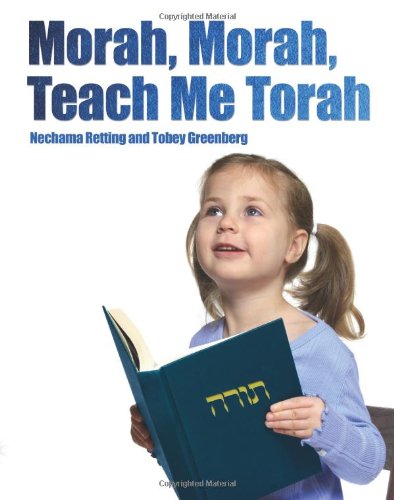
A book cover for Morah, Morah, Teach Me Torah; Tobey Greenberg; Religion & Spirituality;